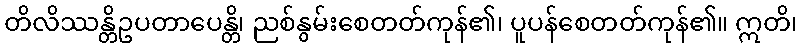
တိလိဿန္တိဥပတာပေန္တိ၊ ညစ်နွမ်းစေတတ်ကုန်၏၊ ပူပန်စေတတ်ကုန်၏။ ဣတိ၊